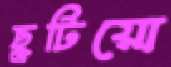
ছুটিয়ো